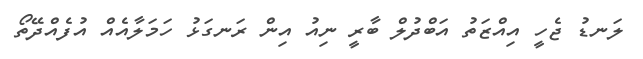
ލަނޑު ޖެހީ އިއްޒަތު އަބްދުލް ބާރީ ނިއު އިން ރަނގަޅު ހަމަލާއެއް އުފެއްދޭތޯ